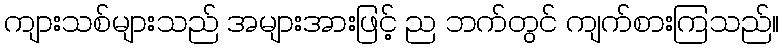
ကျားသစ်များသည် အများအားဖြင့် ည ဘက်တွင် ကျက်စားကြသည်။